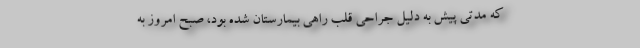
که مدتی پیش به دلیل جراحی قلب راهی بیمارستان شده بود، صبح امروز به